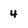
Character: 4